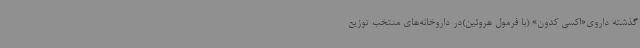
گذشته داروی«اکسی کدون» (با فرمول هروئین)در داروخانه‌های منتخب توزیع